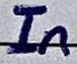
Text: In